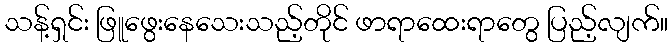
သန့်ရှင်း ဖြူဖွေးနေသေးသည့်တိုင် ဖာရာထေးရာတွေ ပြည့်လျက်။